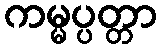
ကမ္မပ္ပတ္တာ